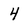
Character: 4